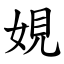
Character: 娊